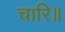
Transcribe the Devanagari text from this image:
चारि॥